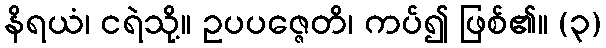
နိရယံ၊ ငရဲသို့။ ဥပပဇ္ဇေတိ၊ ကပ်၍ ဖြစ်၏။ (၃)